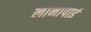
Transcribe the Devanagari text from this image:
लोभापाई